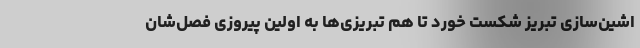
اشین‌سازی تبریز شکست خورد تا هم تبریزی‌ها به اولین پیروزی فصل‌شان